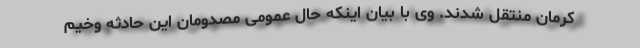
کرمان منتقل شدند. وی با بیان اینکه حال عمومی مصدومان این حادثه وخیم